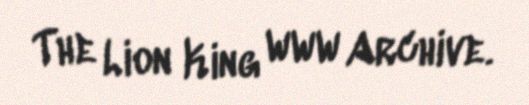
The Lion King WWW Archive.